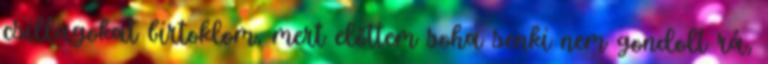
csillagokat birtoklom, mert előttem soha senki nem gondolt rá,